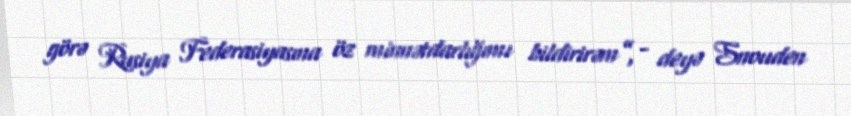
görə Rusiya Federasiyasına öz minnətdarlığımı bildirirəm”, - deyə Snouden